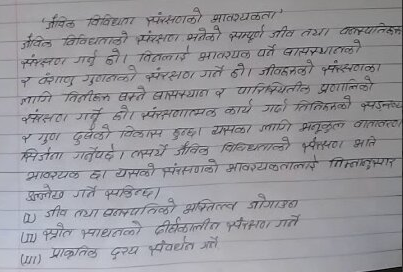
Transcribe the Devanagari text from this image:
"जैविक विविधता संरक्षणको भावश्यकता'
जैविक विविधताको संरक्षण भनेको सम्पूर्ण जीव तथा वनस्‌पतिहरू
संरक्षण गर्नु हो। विनलाई भावश्यक पर्ने बासस्थानको
र वंशाणु गुणनको संरक्षण गर्ने हो। जीवहरुको संरक्षणका
लागि तिनीहरु बस्ने बासस्थान र पारिस्थितील प्रणालिको
संरक्षण गर्ने हो। संरक्षणात्मक कार्य गर्दा तिनिहरुको व्यङ्‌नाष्ट
र गुण दुखेको विकास हुन्छ। यसका लागि भनुकुल वातावरण
सिर्जना गर्नुपर्छ। लसयें जैविक विविधताको संरक्षण भति
भावश्यक दा यसको संरक्षणको भावश्यकतालाई निम्नानुसार
उल्लेख गर्ने सकिन्छा
4) जीव तथा बनस्पतिको भक्तित्त्व जोगाउन
स्त्रोत साधनको दीर्घकालीन संरक्षण गर्ने
(या) प्राकृतिक दृश्य संवर्धन गर्ने